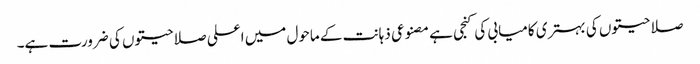
صلاحیتوں کی بہتری کامیابی کی کنجی ہے مصنوعی ذہانت کے ماحول میں اعلی صلاحیتوں کی ضرورت ہے۔